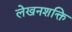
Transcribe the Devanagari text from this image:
लेखनशक्ति